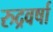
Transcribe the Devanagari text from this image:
रुद्रवर्षा